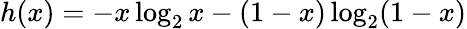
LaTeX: h(x)=-x\log_{2}x-(1-x)\log_{2}(1-x)